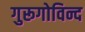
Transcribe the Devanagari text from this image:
गुरूगोविन्द